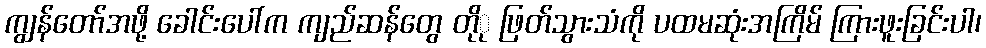
ကျွန်တော်အဖို့ ခေါင်းပေါ်က ကျည်ဆန်တွေ တိုု ဖြတ်သွားသံကို ပထမဆုံးအကြိမ် ကြားဖူးခြင်းပါ၊